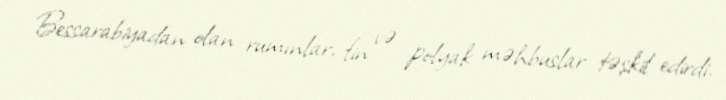
Bessarabiyadan olan rumınlar, fin və polyak məhbuslar təşkil edirdi.